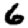
Digit: 6